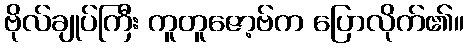
ဗိုလ်ချုပ်ကြီး ကူတူဇော့ဗ်က ပြောလိုက်၏။